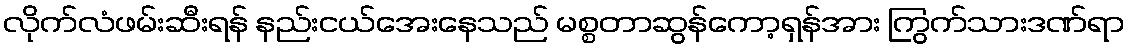
လိုက်လံဖမ်းဆီးရန် နည်းငယ်အေးနေသည် မစ္စတာဆွန်ကော့ရှန်အား ကြွက်သားဒဏ်ရာ